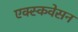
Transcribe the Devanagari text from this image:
एक्स्कवेसन